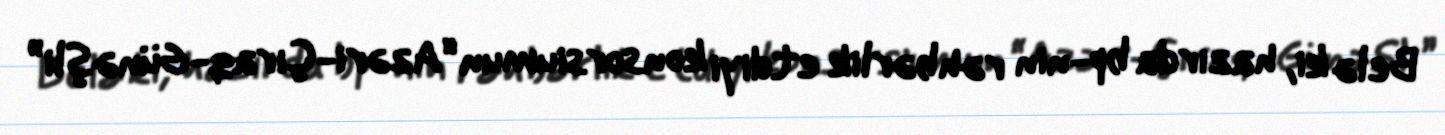
Belə ki, hazırda bp-nin rəhbərlik etdiyi konsorsiumun “Azəri-Çıraq-Günəşli”